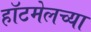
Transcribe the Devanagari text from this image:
हॉटमेलच्या